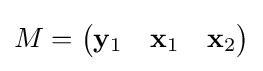
M={\begin{pmatrix}\mathbf {y} _{1}&\mathbf {x} _{1}&\mathbf {x} _{2}\end{pmatrix}}